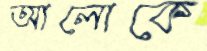
আলোকে